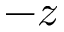
- z